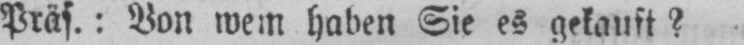
Präs.: Von wem haben Sie es gekauft?